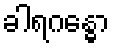
ခါရဂန္ဓော